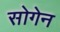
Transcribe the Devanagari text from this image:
सोगेन